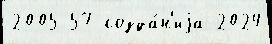
2005 57 созда́н'иjа 2024